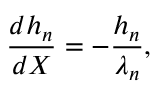
\frac { d h _ { n } } { d X } = - \frac { h _ { n } } { \lambda _ { n } } ,